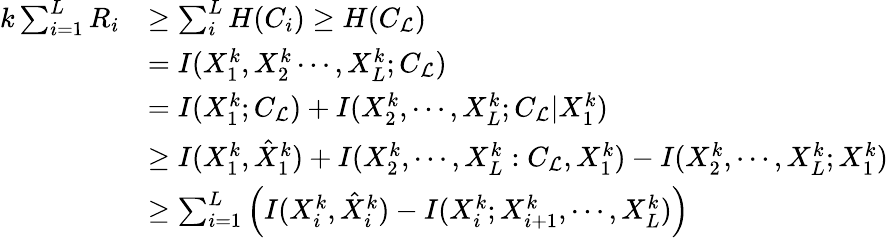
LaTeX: \begin{array}{rl}{k\sum_{i=1}^{L}R_{i}}&{\geq\sum_{i}^{L}H(C_{i})\geq H(C_{\mathcal{L}})}\\ &{=I(X_{1}^{k},X_{2}^{k}\cdots,X_{L}^{k};C_{\mathcal{L}})}\\ &{=I(X_{1}^{k};C_{\mathcal{L}})+I(X_{2}^{k},\cdots,X_{L}^{k};C_{\mathcal{L}}|X_{1}^{k})}\\ &{\geq I(X_{1}^{k},\hat{X}_{1}^{k})+I(X_{2}^{k},\cdots,X_{L}^{k}:C_{\mathcal{L}},X_{1}^{k})-I(X_{2}^{k},\cdots,X_{L}^{k};X_{1}^{k})}\\ &{\geq\sum_{i=1}^{L}\left(I(X_{i}^{k},\hat{X}_{i}^{k})-I(X_{i}^{k};X_{i+1}^{k},\cdots,X_{L}^{k})\right)}\end{array}